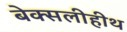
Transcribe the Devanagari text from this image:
बेक्सलीहीथ